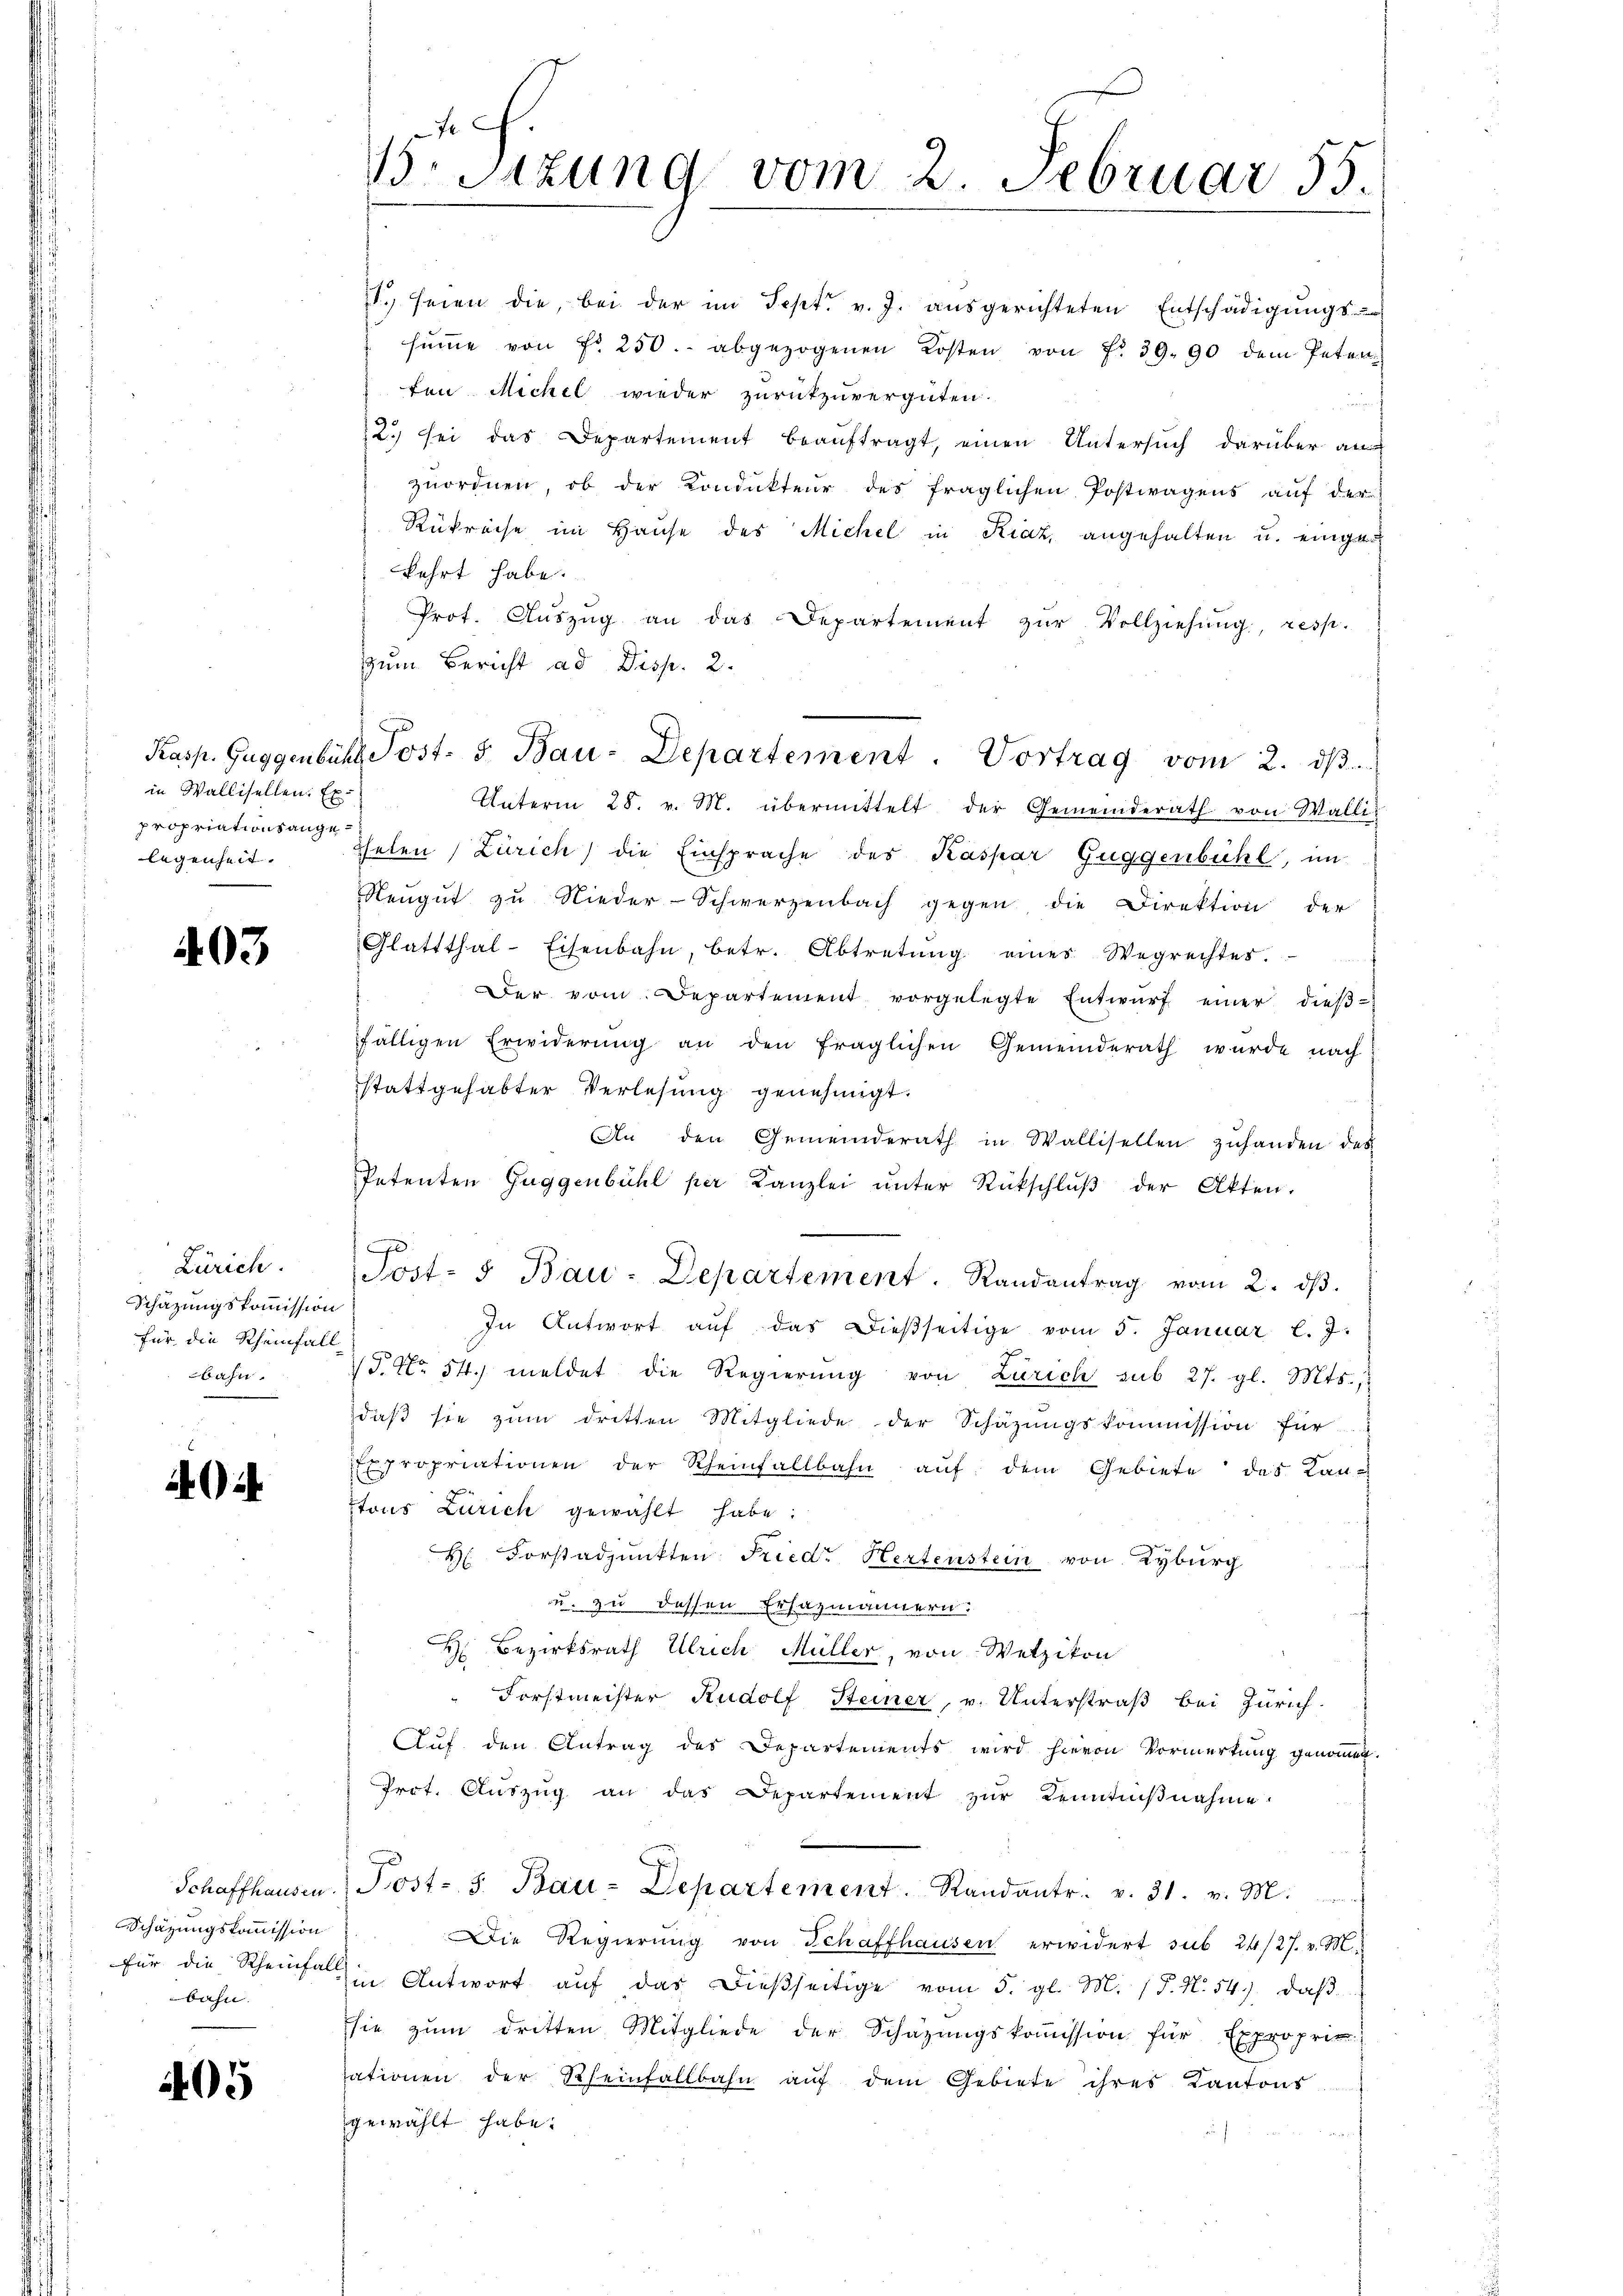
in Wallisellen. Ex
propriationsange¬

403

Zürich.
Schätzungskommission
für die Rheinfall
bahn

Schaffhausen.
Schazungskommission
bahn.

405

1. seien die, bei der im Sept. v. J. ausgerichteten Entschädigungs-
sŭṁe von fr. 250. abgezogenen Kosten von fr. 39. 90 dem Peten
ton Michel wieder zurückzuvergüten.
12.) sei das Departement beaŭftragt, einen Untersŭch darüber an-
zuordnen, ob der Kondukteur des fraglichen Postwagens auf der
Rükreise im Hause des Michel in Kraz, angehalten u. einge
kehrt habe.
Prof. Aŭszŭg an das Departement zŭr Vollziehung, resp.
zum Bericht ad Disp. 2.
Unterm 28. v. M. übermittelt der Gemeinderath von Walli
legenheit. Peten Zürich) die Einsprache des Kaspar Guggenbühl, im
Neŭgŭt zŭ Nieder-Schwerzenbach gegen die Direktion der
Glattthal-Eisenbahn, betr. Abtretŭng eines Wegrechtes.
Der vom Departement vorgelegte Entwŭrf einer dieβ-
fälligen Erwiderung an den fraglichen Gemeinderath wurde nach
stattgehabter Verlesung genehmigt.
An den Gemeinderath in Wallisellen zŭhanden des
Petenten Guggenbühl per Kanzlei ŭnter Rückschlŭβ der Akten.
0
Post- u Bau-Departement. Randantrag vom 2. ds.
In Antwort aŭf das dießseitige vom 5. Januar l. J.
P. Nr. 54. meldet die Regierŭng von Zürich sub 27. gl. Mts.,
daß sie zum dritten Mitgliede der Schäzungskommission für
Expropriationen der Rheinfallbahn aŭf dem Gebiete des Lantons Zürich gewählt habe:
H. Forstadjunkten Fried Hertenstein von Kyburg
u. zu dessen Ersazmännern.
H Bezirksrath Ulrich Müller, von Wetzikon
Forstmeister Rudolf Steiner, v. Unterstraß bei Zürich.
Auf den Antrag des Departements wird hievon Vormerkung genommen.
Prot. Aŭszŭg an das Departement zŭr Kenntniβnahme.
Post- 5. Bau-Departement. Randantr. v. 31. v. M.
Die Regierŭng von Schaffhausen erwidert sub 24/27. v. M.
für die Schause in Antwort aŭf das dießseitige vom 5. gl. M. (T. N. 54. daβ
sie zŭm dritten Mitgliede der Schatzŭngskoṁission für Exproprie
sationen der Rheinfallbahn aŭf dem Gebiete ihres Kantons
gewählt habe.

15. Sitzung vom 2. Februar 15.

Kasp. Guggenbühl Post- & Bau-Departement. Vortrag vom 2. dβ.